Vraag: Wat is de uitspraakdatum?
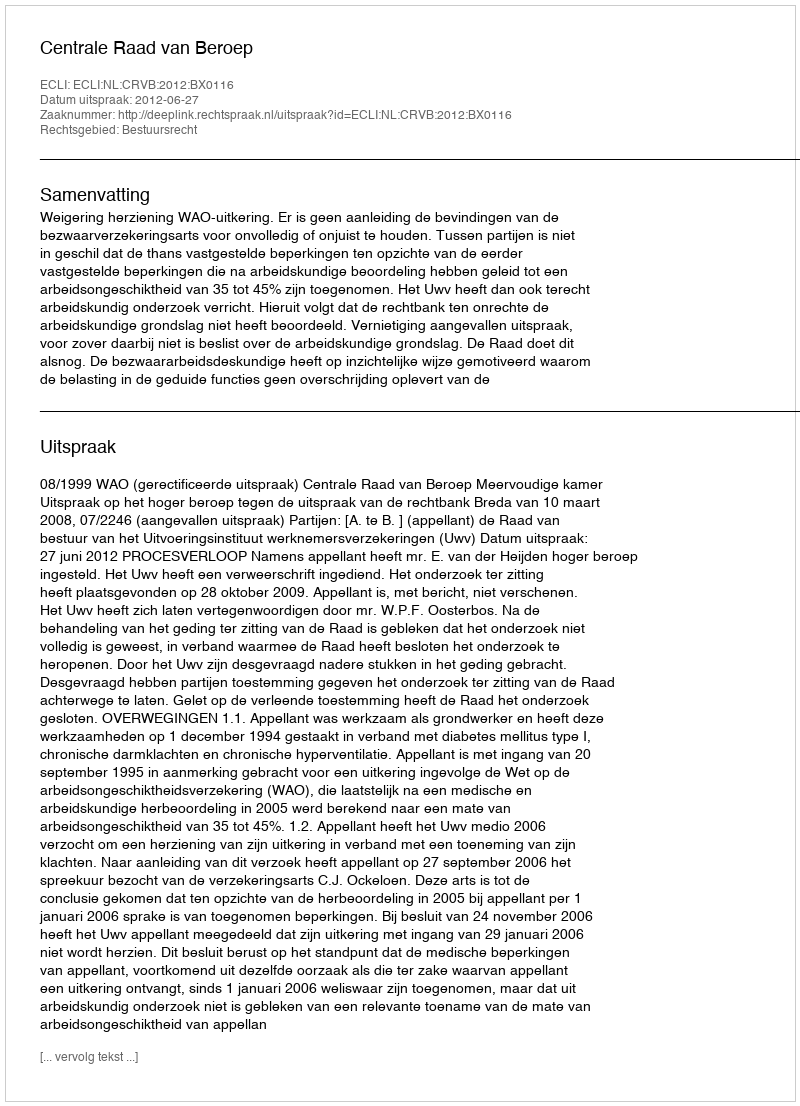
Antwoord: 2012-06-27